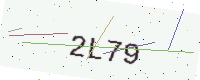
Text: 2L79